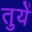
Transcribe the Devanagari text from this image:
तुयें